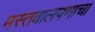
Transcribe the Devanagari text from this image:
मस्तवालपणाचा